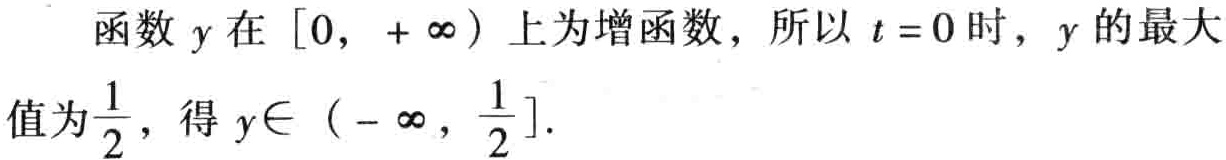
函数 \(y\) 在 \([0, +\infty)\) 上为增函数，所以 \(t = 0\) 时，\(y\) 的最大值为\(\frac{1}{2}\)，得 \(y\in (-\infty, \frac{1}{2}]\).